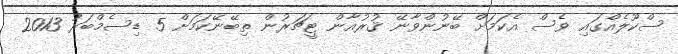
ސްކޫލެއްގައި ވެސް އެކަމަށް ބޭނުންވާނޭ ޤުރުއާން ޓީޗަރުން ތިބޭނޭކަމަށް 5 ޑިސެމްބަރު 2013